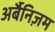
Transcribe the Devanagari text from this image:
अर्बैनिज़म